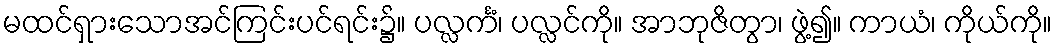
မထင်ရှားသောအင်ကြင်းပင်ရင်း၌။ ပလ္လင်္ကံ၊ ပလ္လင်ကို။ အာဘုဇိတွာ၊ ဖွဲ့၍။ ကာယံ၊ ကိုယ်ကို။